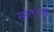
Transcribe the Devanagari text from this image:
सरतनजी